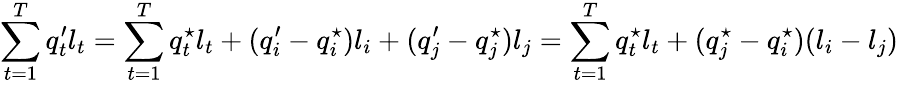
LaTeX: \sum_{t=1}^{T}q_{t}^{\prime}l_{t}=\sum_{t=1}^{T}q_{t}^{\star}l_{t}+(q_{i}^{\prime}-q_{i}^{\star})l_{i}+(q_{j}^{\prime}-q_{j}^{\star})l_{j}=\sum_{t=1}^{T}q_{t}^{\star}l_{t}+(q_{j}^{\star}-q_{i}^{\star})(l_{i}-l_{j})